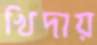
খিদায়